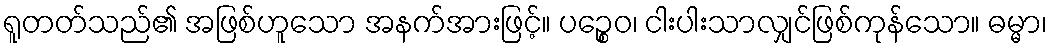
ရူတတ်သည်၏ အဖြစ်ဟူသော အနက်အားဖြင့်။ ပဉ္စေဝ၊ ငါးပါးသာလျှင်ဖြစ်ကုန်သော။ ဓမ္မာ၊